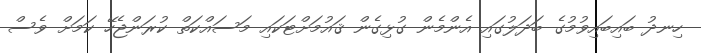
ހިނދު ބައިބައިވުމުގެ ބަދަލުގައި އެންމެން ގުޅިގެން ޤައުމަށްޓަކައި މަސައްކަތް ކުރަންޖެހޭ ކަމަށް ވެސް